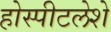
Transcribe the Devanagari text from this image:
होस्पीटलेशे